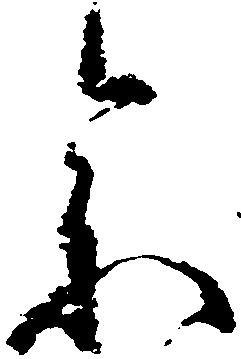
参